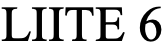
LIITE 6